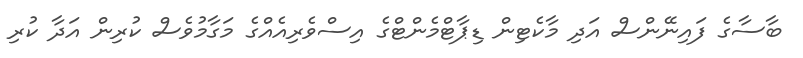
ބާސާގެ ފައިނޭންސް އަދި މާކެޓިން ޑިޕާޓްމެންޓްގެ އިސްވެރިއެއްގެ މަގާމުވެސް ކުރިން އަދާ ކުރި